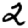
Digit: 2